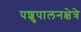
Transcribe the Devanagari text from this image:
पशुपालनक्षेत्रे